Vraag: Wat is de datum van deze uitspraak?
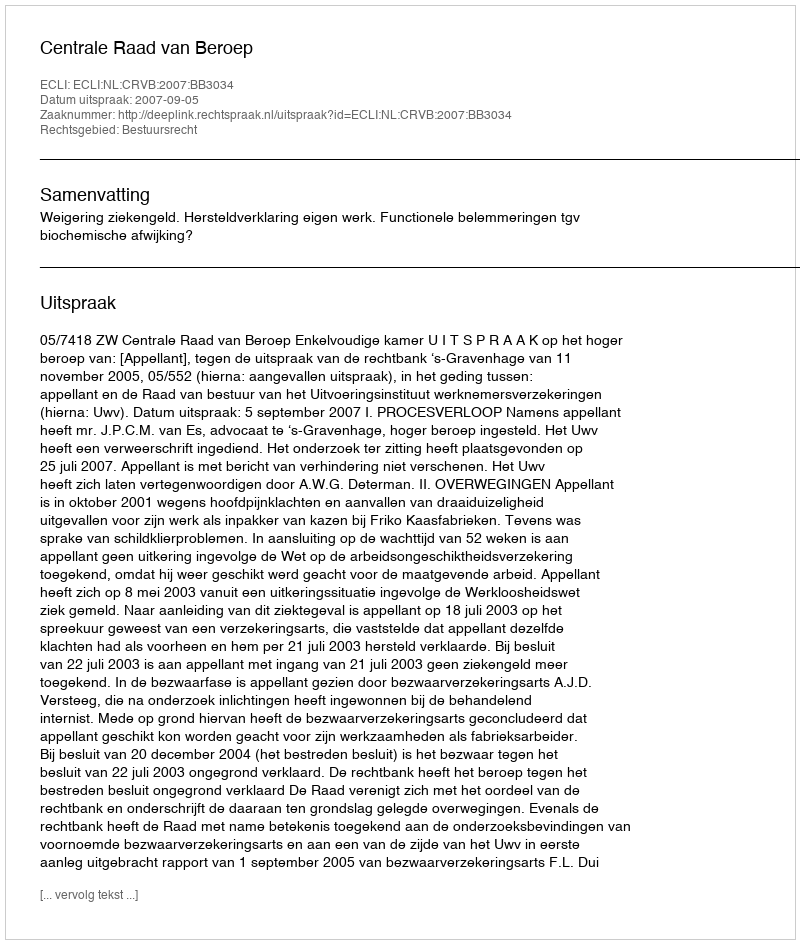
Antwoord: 2007-09-05